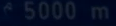
5000